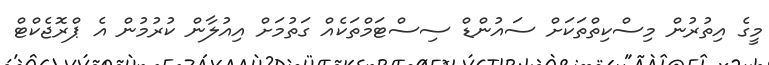
މީގެ އިތުރުން މިސްކިތްތަކަށް ސައުންޑް ސިސްޓަމްތަކެއް ގަތުމަށް އިއުލާން ކުރުމުން އެ ޕްރޮޖެކްޓް